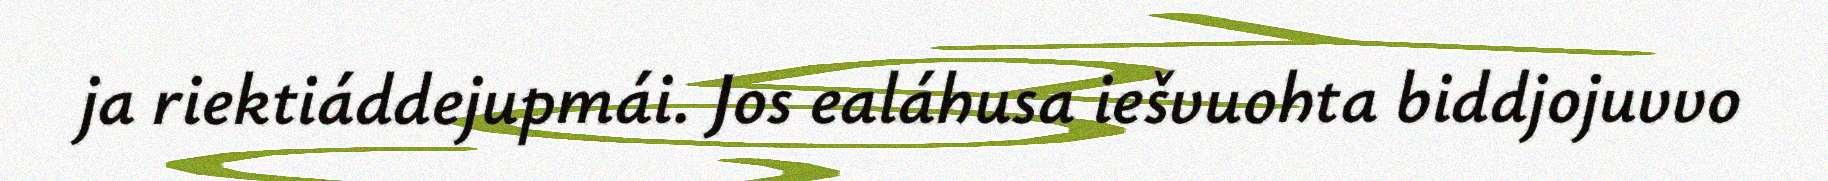
ja riektiáddejupmái. Jos ealáhusa iešvuohta biddjojuvvo